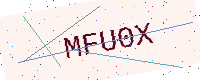
Text: MFU0X